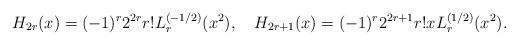
LaTeX: \begin{align*}H_{2r}(x)=(-1)^r2^{2r}r!L_r^{(-1/2)}(x^2),\quad H_{2r+1}(x)=(-1)^r2^{2r+1}r!xL_r^{(1/2)}(x^2). \end{align*}